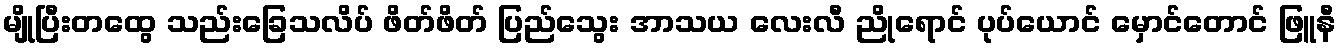
မျိုပြီးတထွေ သည်းခြေသလိပ် ဖိတ်ဖိတ် ပြည်သွေး အာသယ လေးလီ ညိုရောင် ပုပ်ယောင် မှောင်တောင် ဖြူနီ